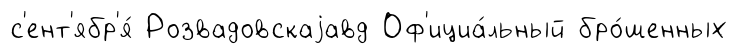
с'ент'ябр'я́ Розвадовскаjавд Оф'ициа́льный бро́шенных